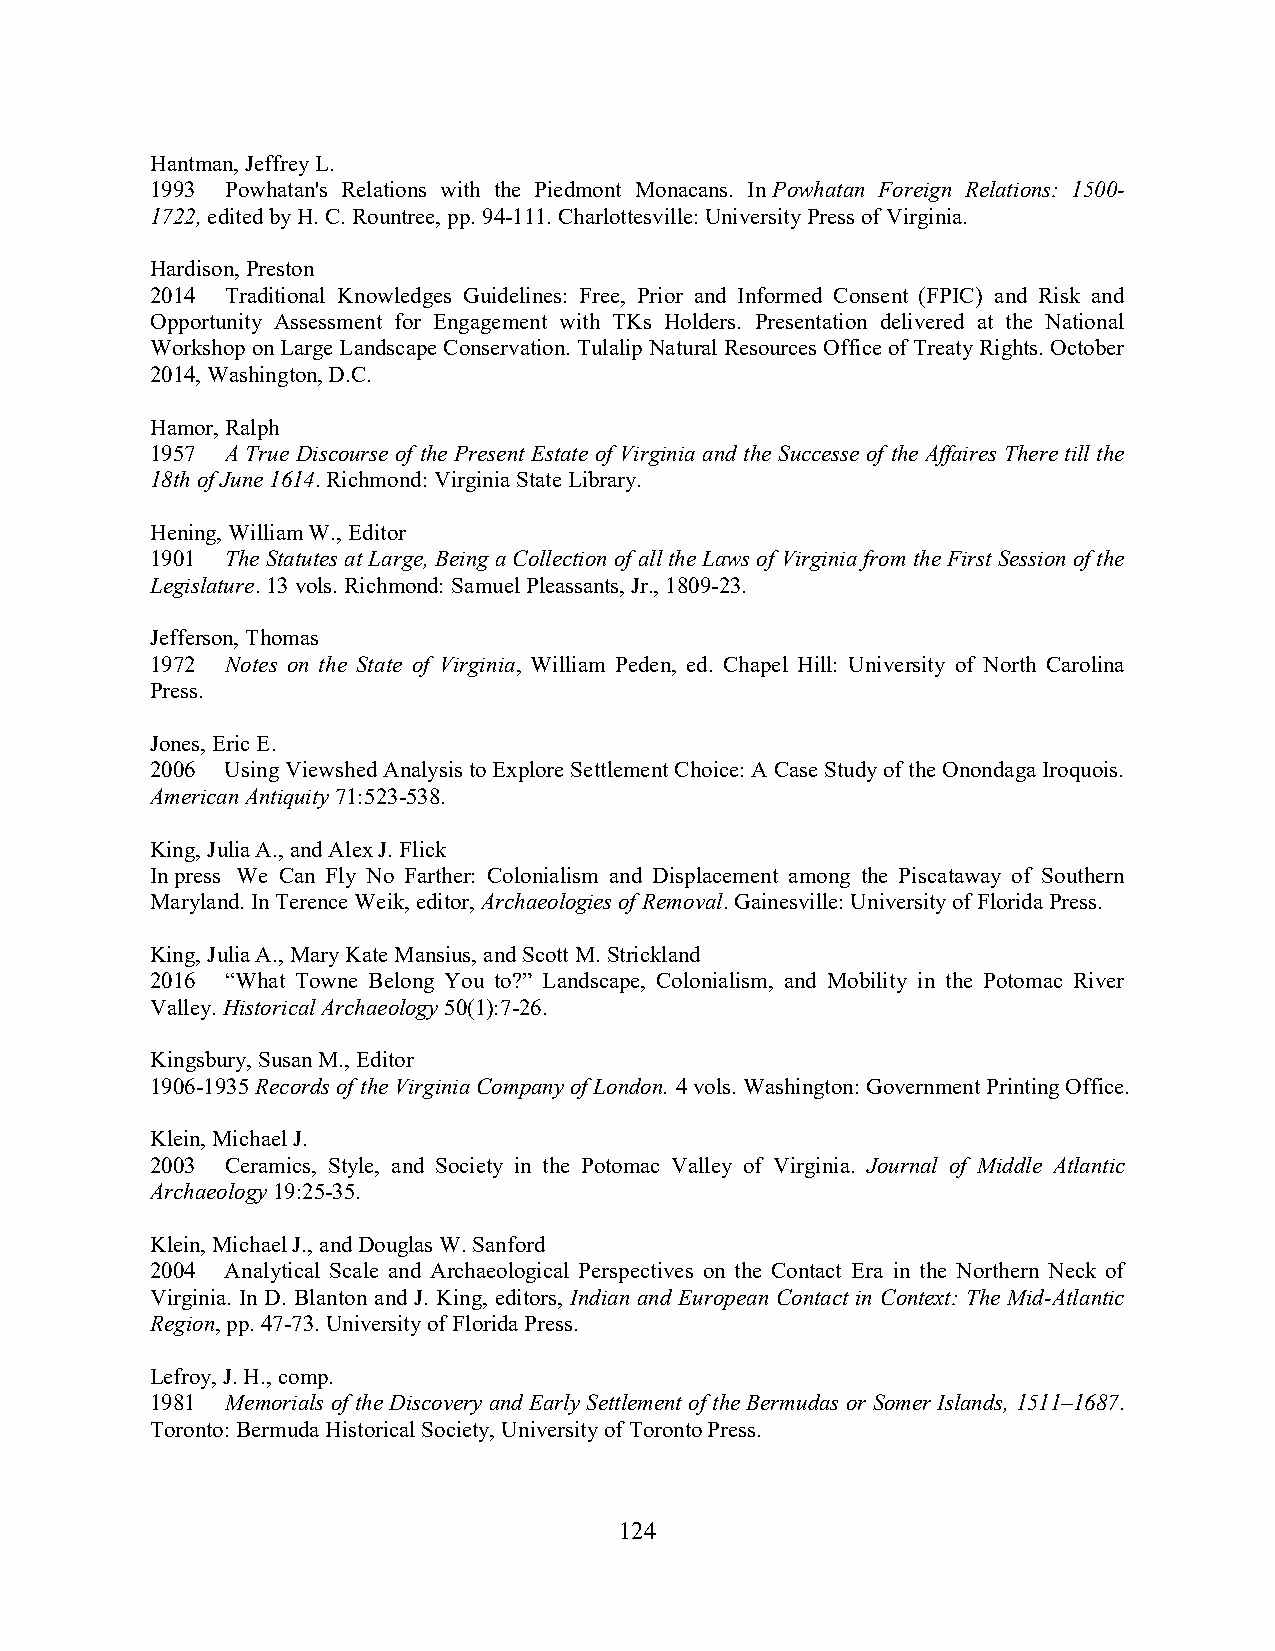
Hantman, Jeffrey L.
 1993 Powhatan's Relations with the Piedmont Monacans. In Powhatan Foreign Relations: 1500-
 1722, edited by H. C. Rountree, pp. 94-111. Charlottesville: University Press of Virginia.
 Hardison, Preston
 2014 Traditional Knowledges Guidelines: Free, Prior and Informed Consent (FPIC) and Risk and
 Opportunity Assessment for Engagement with TKs Holders. Presentation delivered at the National
 Workshop on Large Landscape Conservation. Tulalip Natural Resources Office of Treaty Rights. October
 2014, Washington, D.C.
 Hamor, Ralph
 1957 A True Discourse of the Present Estate of Virginia and the Successe of the Affaires There till the
 18th of June 1614. Richmond: Virginia State Library.
 Hening, William W., Editor
 1901 The Statutes at Large, Being a Collection of all the Laws of Virginia from the First Session of the
 Legislature. 13 vols. Richmond: Samuel Pleassants, Jr., 1809-23.
 Jefferson, Thomas
 1972 Notes on the State of Virginia, William Peden, ed. Chapel Hill: University of North Carolina
 Press.
 Jones, Eric E.
 2006 Using Viewshed Analysis to Explore Settlement Choice: A Case Study of the Onondaga Iroquois.
 American Antiquity 71:523-538.
 King, Julia A., and Alex J. Flick
 In press We Can Fly No Farther: Colonialism and Displacement among the Piscataway of Southern
 Maryland. In Terence Weik, editor, Archaeologies of Removal. Gainesville: University of Florida Press.
 King, Julia A., Mary Kate Mansius, and Scott M. Strickland
 2016 “What Towne Belong You to?” Landscape, Colonialism, and Mobility in the Potomac River
 Valley. Historical Archaeology 50(1):7-26.
 Kingsbury, Susan M., Editor
 1906-1935 Records of the Virginia Company of London. 4 vols. Washington: Government Printing Office.
 Klein, Michael J.
 2003 Ceramics, Style, and Society in the Potomac Valley of Virginia. Journal of Middle Atlantic
 Archaeology 19:25-35.
 Klein, Michael J., and Douglas W. Sanford
 2004 Analytical Scale and Archaeological Perspectives on the Contact Era in the Northern Neck of
 Virginia. In D. Blanton and J. King, editors, Indian and European Contact in Context: The Mid-Atlantic
 Region, pp. 47-73. University of Florida Press.
 Lefroy, J. H., comp.
 1981 Memorials of the Discovery and Early Settlement of the Bermudas or Somer Islands, 1511–1687.
 Toronto: Bermuda Historical Society, University of Toronto Press.
 124